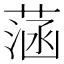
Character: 𦶷